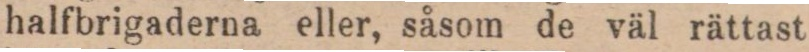
halfbrigaderna eller, såsom de väl rättast